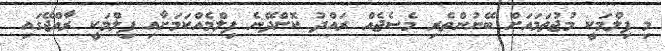
މި ފިލްމަކީ މުޖުތަމައަށް ބޭނުންތެރި މެސެޖެއް ރައްދު ކޮށްދޭނެ ފިލްމެއްކަމަށާއި ފިލްމަކީ ރާއްޖޭގައި